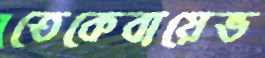
তেকেবায়েভ